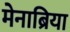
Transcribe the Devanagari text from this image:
मेनाब्रिया